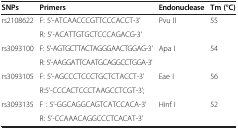
<table><thead><tr><td><b>SNPs</b></td><td><b>Primers</b></td><td><b>Endonuclease</b></td><td><b>Tm (°C)</b></td></tr></thead><tbody><tr><td rowspan="2">rs2108622</td><td>F: 5’-ATCAACCCGTTCCCACCT-3’</td><td rowspan="2">Pvu II</td><td rowspan="2">55</td></tr><tr><td>R: 5’-ACATTGTGCTCCCAGACG-3’</td></tr><tr><td rowspan="2">rs3093100</td><td>F: 5’-AGTGCTTACTAGGGAACTGGAG-3’</td><td rowspan="2">Apa I</td><td rowspan="2">54</td></tr><tr><td>R: 5’-AAGGATTCAATGCAGGCCTGGA-3’</td></tr><tr><td rowspan="2">rs3093105</td><td>F: 5’-AGCCCTCCCTGCTCTACCT-3’</td><td rowspan="2">Eae I</td><td rowspan="2">56</td></tr><tr><td>R:5’-CCCACTCCCTAAGCCTCGT-3’;</td></tr><tr><td rowspan="2">rs3093135</td><td>F : 5’-GGCAGGCAGTCATCCACA-3’</td><td rowspan="2">Hinf I</td><td rowspan="2">52</td></tr><tr><td>R: 5’-CCAAACAGGCCCTCACAT-3’</td></tr></tbody></table>